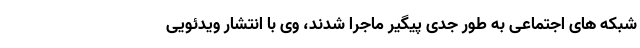
شبکه های اجتماعی به طور جدی پیگیر ماجرا شدند، وی با انتشار ویدئویی